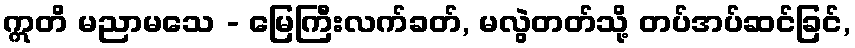
ဣတိ မညာမသေ - မြေကြီးလက်ခတ်, မလွဲတတ်သို့ တပ်အပ်ဆင်ခြင်,